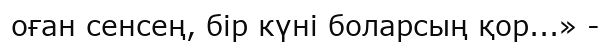
оған сенсең, бір күні боларсың қор...» -